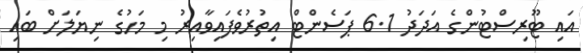
އައި ޓޫރިސްޓުންގެ އަދަދު 6.1 ޕަސެންޓް އިތުރުވެފައިވާއިރު މި މަހުގެ ނިޔަލަށް ބައި